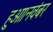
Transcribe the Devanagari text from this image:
हुआ।नवंबर